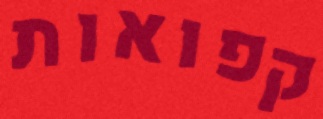
קפואות